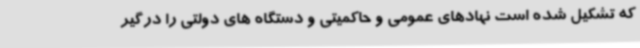
که تشکیل شده است نهادهای عمومی و حاکمیتی و دستگاه های دولتی را درگیر